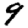
Digit: 9